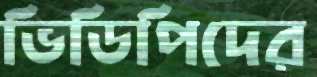
ভিডিপিদের